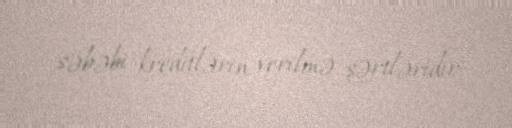
səbəbi kreditlərin verilmə şərtləridir.